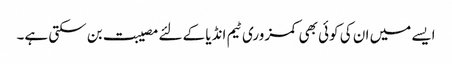
ایسے میں ان کی کوئی بھی کمزوری ٹیم انڈیا کے لئے مصیبت بن سکتی ہے۔